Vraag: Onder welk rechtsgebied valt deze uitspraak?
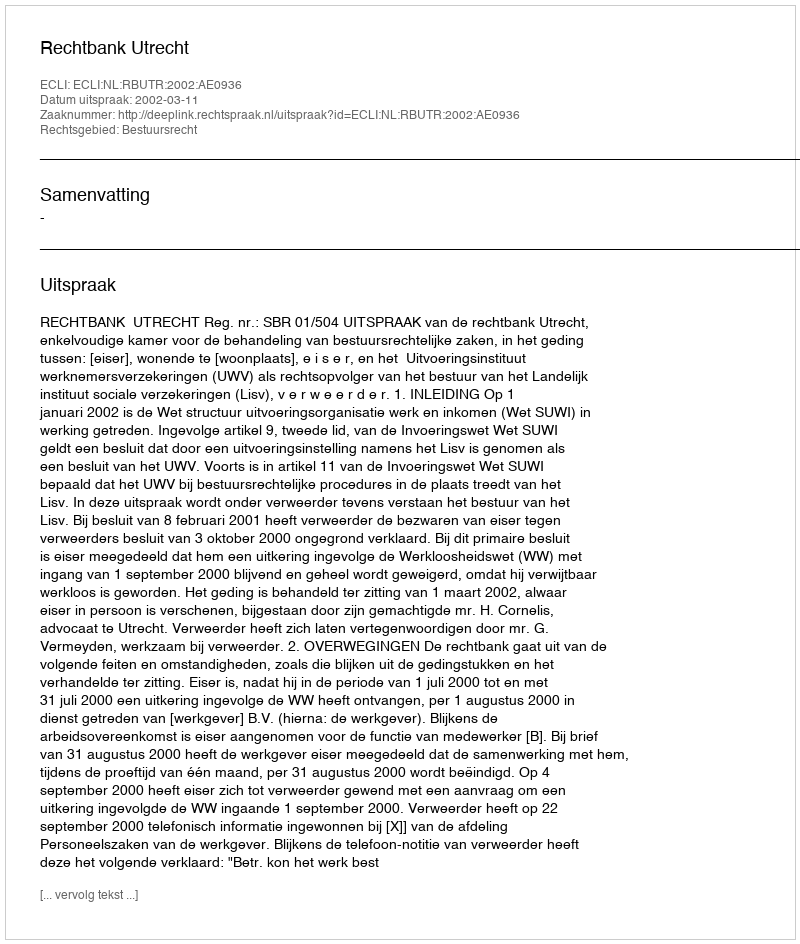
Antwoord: Bestuursrecht